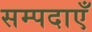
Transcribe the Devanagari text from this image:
सम्पदाएँ